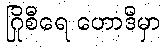
ဂြိုစီရေ ဟောဒီမှာ